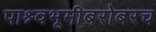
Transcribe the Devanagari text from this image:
पाश्र्वभूमीबरोबरच